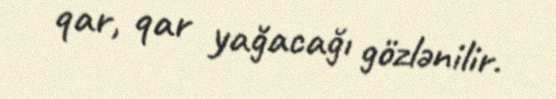
qar, qar yağacağı gözlənilir.